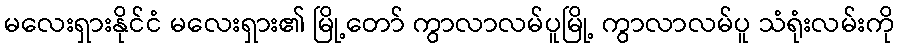
မလေးရှားနိုင်ငံ မလေးရှား၏ မြို့တော် ကွာလာလမ်ပူမြို့ ကွာလာလမ်ပူ သံရုံးလမ်းကို